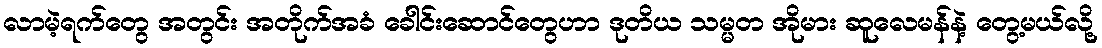
လာမဲ့ရက်တွေ အတွင်း အတိုက်အခံ ခေါင်းဆောင်တွေဟာ ဒုတိယ သမ္မတ အိုမား ဆူလေမန်နဲ့ တွေ့မယ်လို့